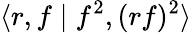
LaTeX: \langle r,f\mid f^{2},(rf)^{2}\rangle